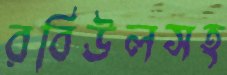
রবিউলসহ